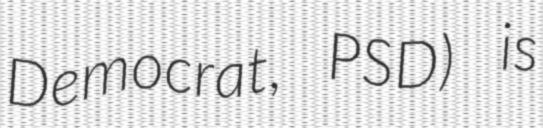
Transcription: Democrat, PSD) is